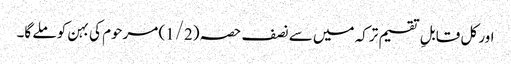
اور کل قابلِ تقسیم ترکہ میں سے نصف حصہ (1/2) مرحوم کی بہن کو ملے گا۔